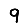
Digit: 9